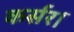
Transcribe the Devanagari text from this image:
कर्सर।